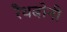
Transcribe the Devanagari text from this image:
रैथबोनी